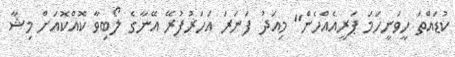
ކުޑައްތަ ހީވަނީހަމަ ޕަރީއެއްހެން" މިއަދު ފަނަރަ އަހަރުފުރޭ އޭނާގެ ލޯބިވާ ކޮއްކޮއަށް މިޝާ